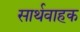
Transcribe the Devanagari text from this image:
सार्थवाहक